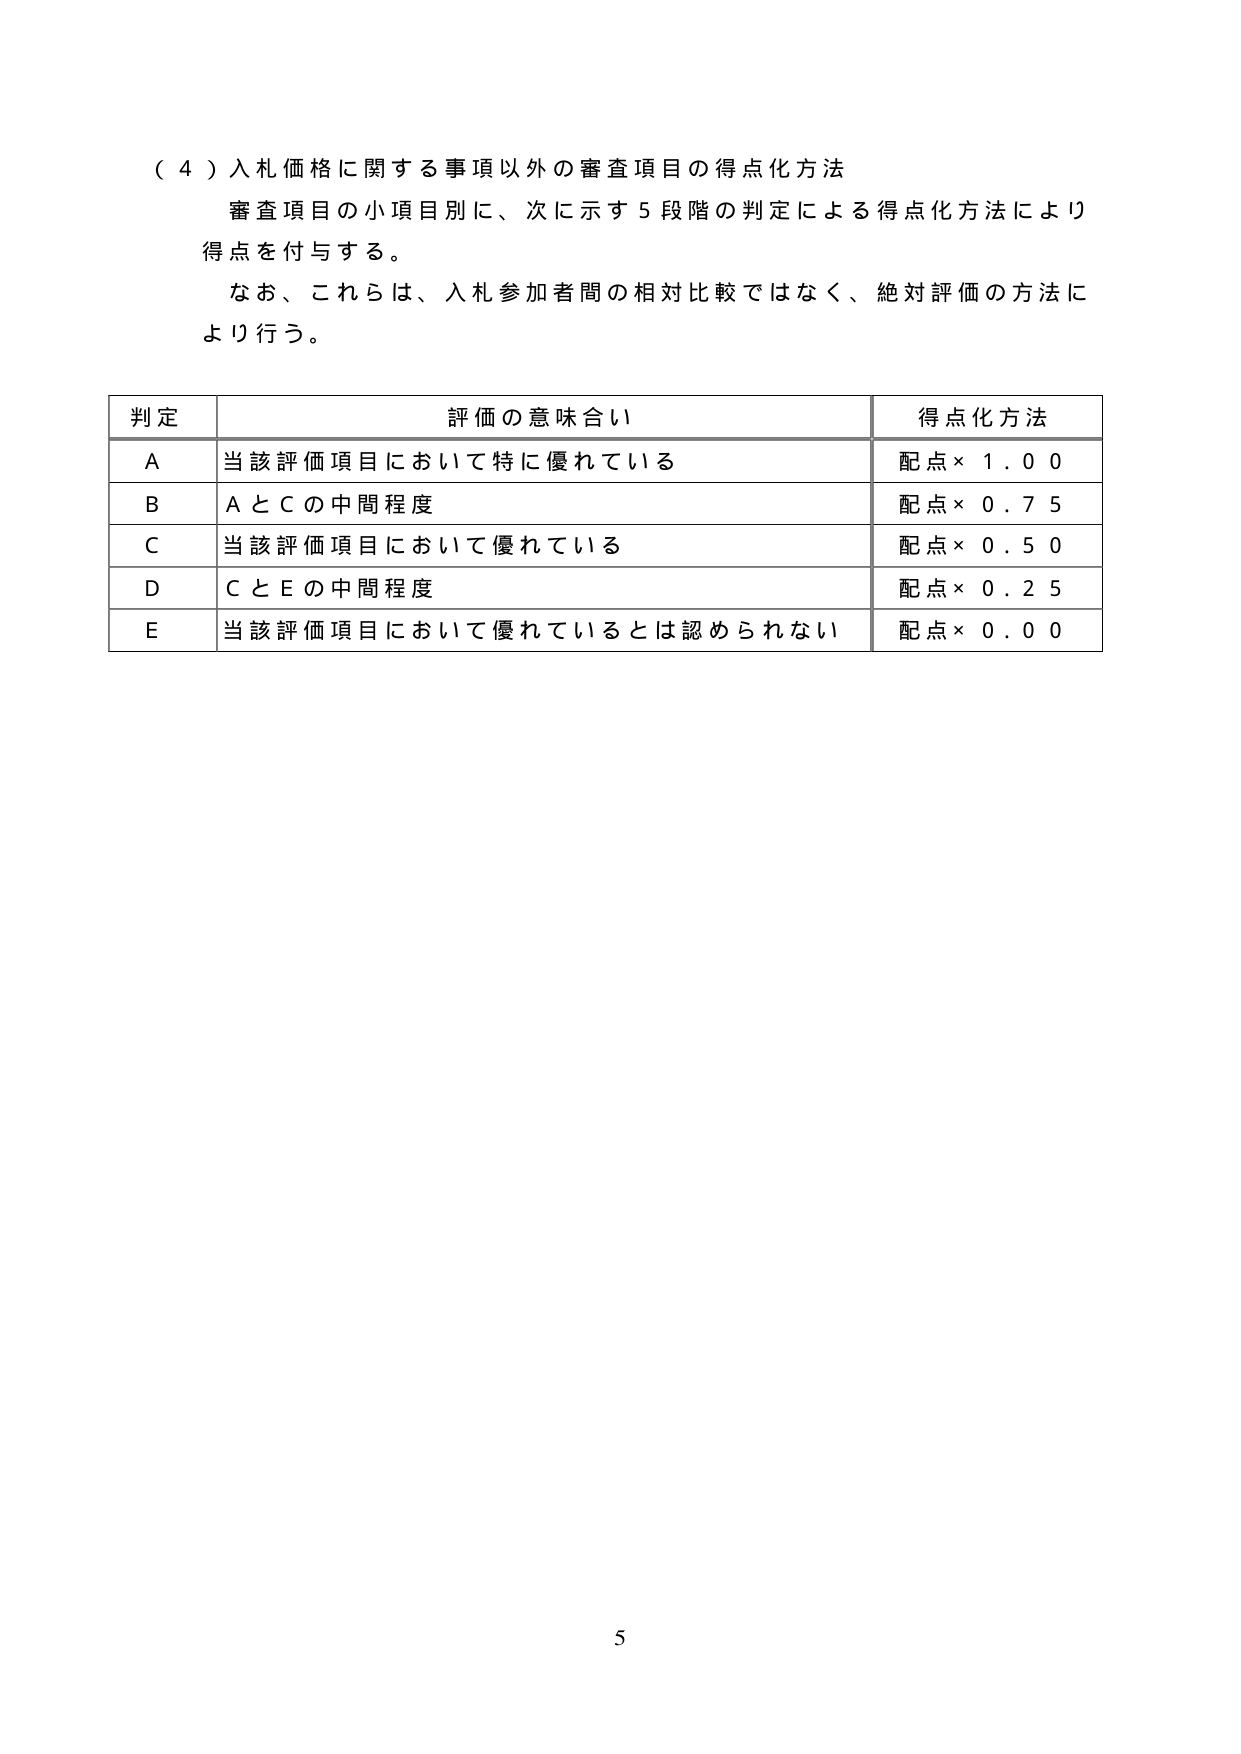
（４）入札価格に関する事項以外の審査項目の得点化方法
審査項目の小項目別に、次に示す５段階の判定による得点化方法により
得点を付与する。
なお、これらは、入札参加者間の相対比較ではなく、絶対評価の方法に
より行う。

判定　　評価の意味合い　　得点化方法
A　　当該評価項目において特に優れている　　配点×１．００
B　　ＡとＣの中間程度　　配点×０．７５
C　　当該評価項目において優れている　　配点×０．５０
D　　ＣとＥの中間程度　　配点×０．２５
E　　当該評価項目において優れているとは認められない　　配点×０．００

5